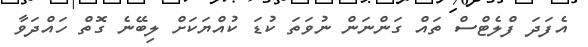
އެފަދަ ފްލެޓްސް ތައް ގަންނަން ނުވަތަ ކުޑަ ކުއްޔަކަށް ލިބޭނެ ގޮތް ހައްދަވާ